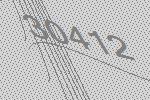
30412